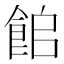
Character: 𩛍